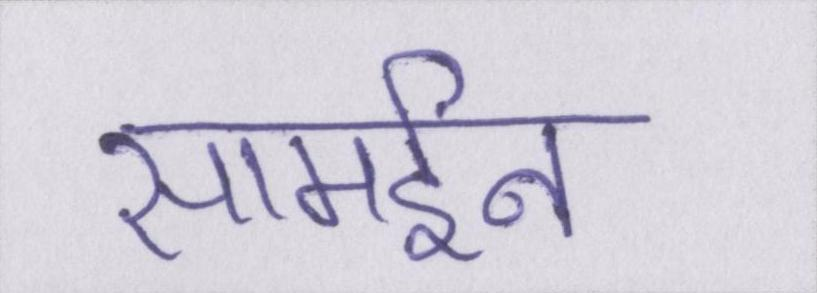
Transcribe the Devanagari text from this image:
सामईन